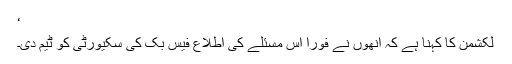
‘
لکشمن کا کہنا ہے کہ انھوں نے فوراً اس مسئلے کی اطلاع فیس بک کی سکیورٹی کو ٹیم دی۔